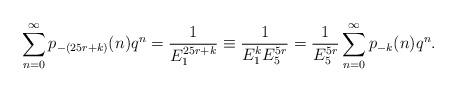
LaTeX: \begin{align*}\sum_{n=0}^{\infty}p_{-(25r+k)}(n)q^{n} &=\dfrac{1}{E_{1}^{25r+k}}\equiv\dfrac{1}{E_{1}^{k}E_{5}^{5r}}=\dfrac{1}{E_{5}^{5r}}\sum_{n=0}^{\infty}p_{-k}(n)q^{n}.\end{align*}